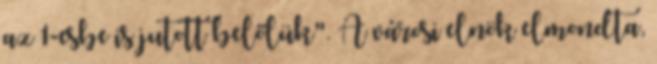
az 1-esbe is jutott belőlük". A városi elnök elmondta,